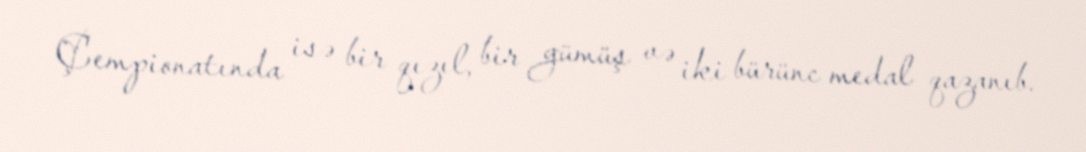
Çempionatında isə bir qızıl, bir gümüş və iki bürünc medal qazanıb.